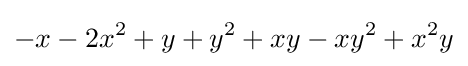
-x-2x^{2}+y+y^{2}+xy-xy^{2}+x^{2}y